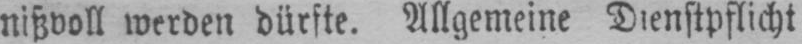
nißvoll werden dürfte. Allgemeine Dienstpflicht